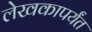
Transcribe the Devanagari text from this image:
लेखकापर्यंत